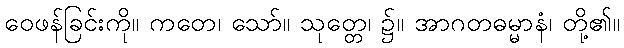
ဝေဖန်ခြင်းကို။ ကတေ၊ သော်။ သုတ္တေ၊ ၌။ အာဂတဓမ္မာနံ၊ တို့၏။